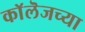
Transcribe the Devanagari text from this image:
काॅलॆजच्या